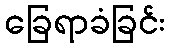
ခြေရာခံခြင်း